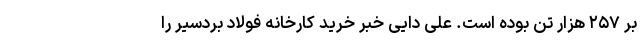
بر ۲۵۷ هزار تن بوده است. علی دایی خبر خرید کارخانه فولاد بردسیر را